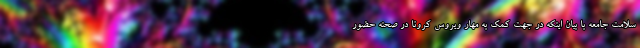
سلامت جامعه با بیان اینکه در جهت کمک به مهار ویروس کرونا در صحنه حضور